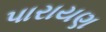
પારાયણ